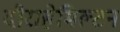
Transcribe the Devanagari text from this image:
दौराहेमिल्टन